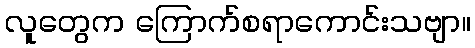
လူတွေက ကြောက်စရာကောင်းသဗျာ။